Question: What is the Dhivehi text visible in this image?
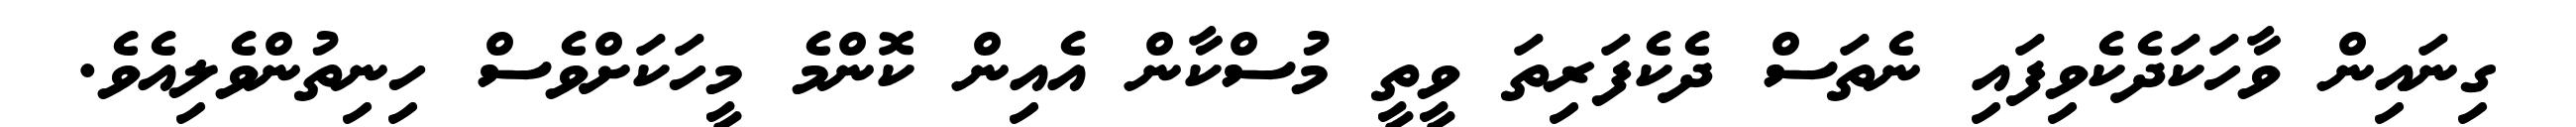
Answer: ގިނައިން ވާހަކަދެކެވިފައި ނެތަސް ދެކެފަރިތަ ވީތީ މުސްކާން އެއިން ކޮންމެ މީހަކަށްވެސް ހިނިތުންވެލިއެވެ.